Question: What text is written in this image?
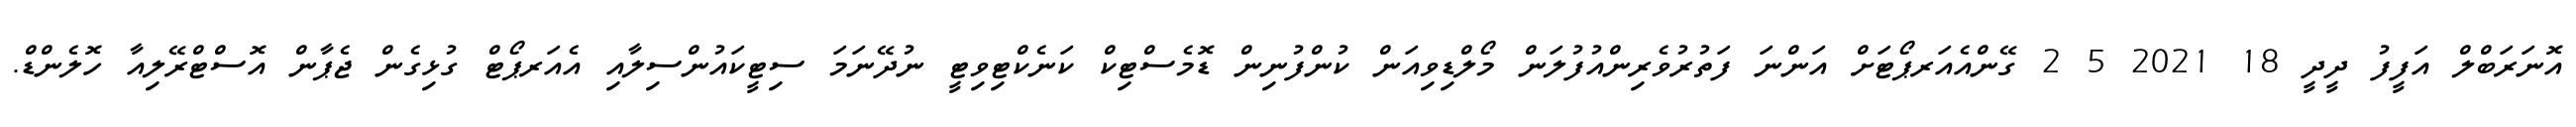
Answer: އޮނަރަބްލް އަފީފު ދީދީ 18 2021 5 2 ގޭންއެއަރޕޯޓަށް އަންނަ ފަތުރުވެރިންއުފުލަން މޯލްޑިވިއަން ކުންފުނިން ޑޮމެސްޓިކް ކަނެކްޓިވިޓީ ނުދޭނަމަ ސިޓީކައުންސިލާއި އެއަރޕޯޓް ގުޅިގެން ޖެޕާން އޮސްޓްރޭލިއާ ހޮލެންޑް.